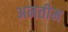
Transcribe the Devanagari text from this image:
अनतीम